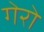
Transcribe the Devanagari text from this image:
गेरो